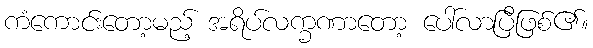
ကံကောင်းတော့မည့် အရိပ်လက္ခဏာတော့ ပေါ်လာပြီဖြစ်၏။